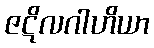
ဇဋိလဂါဟိယာ